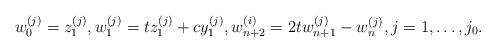
LaTeX: \begin{align*} w_0^{(j)} = z_1^{(j)}, w_1^{(j)} = tz_1^{(j)}+cy_1^{(j)}, w_{n+2}^{(i)} = 2tw_{n+1}^{(j)}-w_n^{(j)}, j=1, \dotsc, j_0.\end{align*}